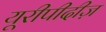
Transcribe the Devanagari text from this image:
यूरीपीदीज़